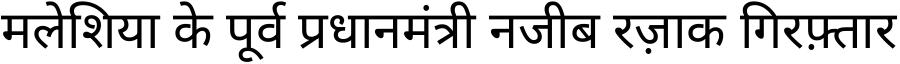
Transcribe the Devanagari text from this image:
मलेशिया के पूर्व प्रधानमंत्री नजीब रज़ाक गिरफ़्तार